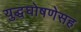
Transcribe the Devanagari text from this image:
युद्धघोषणेसह